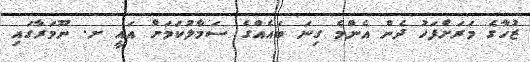
ޒުހާގެ މަރަށްފަހު ދެން އެންމެ ގިނަ ބައެއްގެ ސަމާލުކަމަށް އައީ ށ. ނޫމަރާގައި